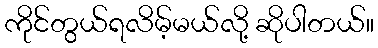
ကိုင်တွယ်ရလိမ့်မယ်လို့ ဆိုပါတယ်။